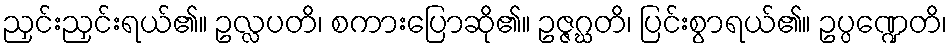
ညှင်းညှင်းရယ်၏။ ဥလ္လပတိ၊ စကားပြောဆို၏။ ဥဇ္ဇဂ္ဃတိ၊ ပြင်းစွာရယ်၏။ ဥပ္ပဏ္ဍေတိ၊